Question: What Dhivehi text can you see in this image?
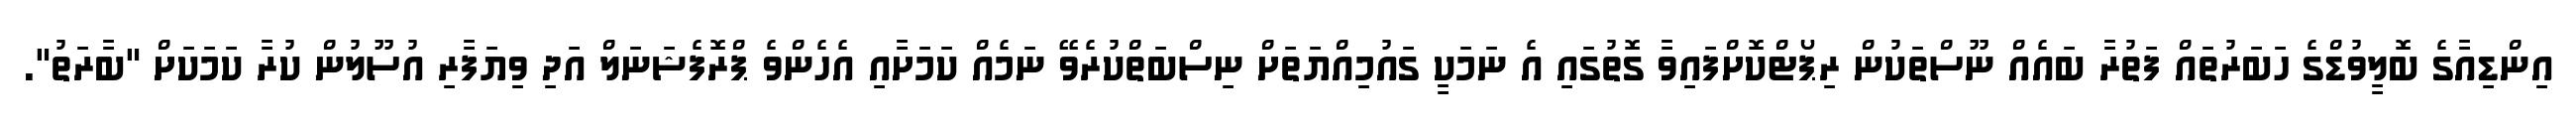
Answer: އިންޑިއާގެ ބޮލީވުޑްގެ ހަބަރުތައް ފަތުރާ ބައެއް ނޫސްތަކުން ރިޕޯޓްކޮށްފައިވާ ގޮތުގައި އެ ނަމަކީ ގައުމިއްޔަތަށް ނިސްބަތްކުރެވޭ ނަމެއް ކަމަށާއި އެހެންވެ ޕްރޮފެޝަނަލް އަދި ވިޔަފާރި އުސޫލުން ކުރާ ކަމަކަށް "ބާރަތު".